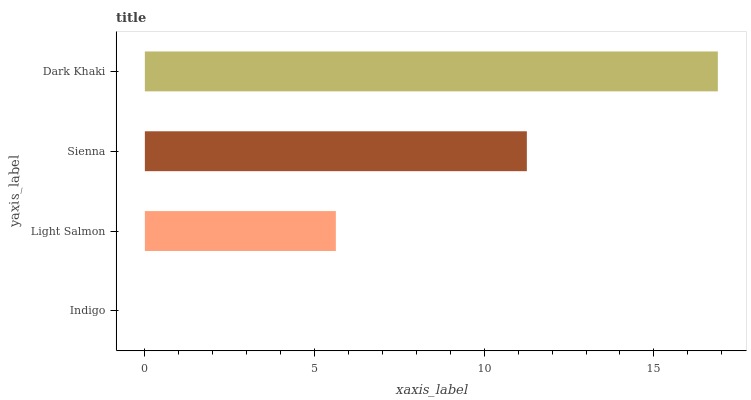
| yaxis_label | bars |
 | --- | --- |
 | Indigo | 0 |
 | Light Salmon | 5.63 |
 | Sienna | 11.3 |
 | Dark Khaki | 16.9 |